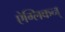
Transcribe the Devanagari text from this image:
ऐग्लिकन्